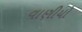
વાણીયો